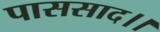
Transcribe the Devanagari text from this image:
पाससाद।।